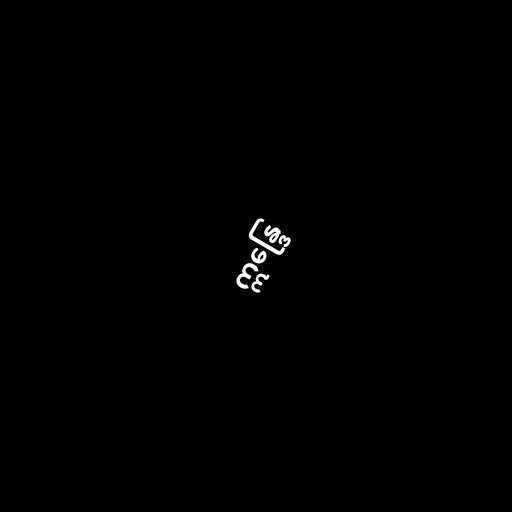
ဣန္ဒြေ